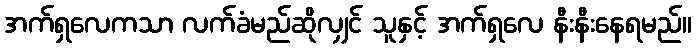
အက်ရှလေကသာ လက်ခံမည်ဆိုလျှင် သူနှင့် အက်ရှလေ နီးနီးနေရမည်။